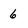
Character: 6